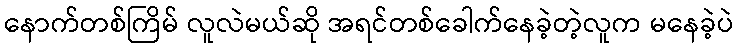
နောက်တစ်ကြိမ် လူလဲမယ်ဆို အရင်တစ်ခေါက်နေခဲ့တဲ့လူက မနေခဲ့ပဲ